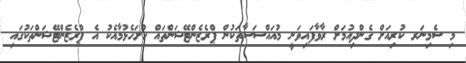
މި ސެމިނަރ ކުރިއަށް ގެންދިއުމަށް ރާވާފައިވަނީ މުއައްސަސާތަކުން ޕްރެޒެންޓޭޝަންތައް ހުށަހެޅުމާއެކު އެ ޕްރެޒެންޓޭޝަންތަކުގައި